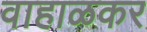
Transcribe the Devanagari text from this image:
वाहाळकर